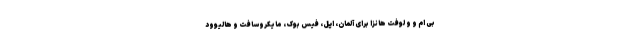
بی ام و و لوفت هانزا برای آلمان، اپل، فیس بوک، مایکروسافت و هالیوود